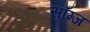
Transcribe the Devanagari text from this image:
साँग्ज